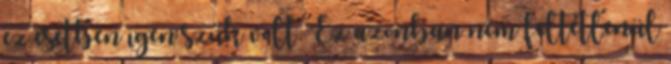
ez esetben igen szűk volt. Ez azonban nem feltétlenül